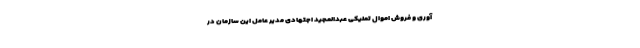
آوری و فروش اموال تملیکی عبدالمجید اجتهادی مدیر عامل این سازمان در